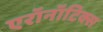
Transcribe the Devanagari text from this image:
एरॉनॉटिक्स